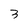
Character: 3